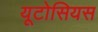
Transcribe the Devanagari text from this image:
यूटोसियस